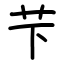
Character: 芐